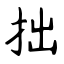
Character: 拙